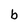
Character: b